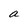
Character: a